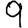
Digit: 9